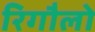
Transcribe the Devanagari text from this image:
रिगौलो